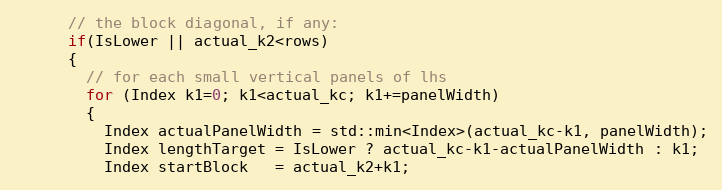
Language: C
      // the block diagonal, if any:
      if(IsLower || actual_k2<rows)
      {
        // for each small vertical panels of lhs
        for (Index k1=0; k1<actual_kc; k1+=panelWidth)
        {
          Index actualPanelWidth = std::min<Index>(actual_kc-k1, panelWidth);
          Index lengthTarget = IsLower ? actual_kc-k1-actualPanelWidth : k1;
          Index startBlock   = actual_k2+k1;